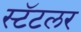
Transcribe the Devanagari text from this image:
स्टॅटलर